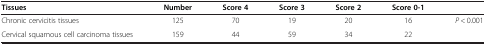
<table><thead><tr><td><b>Tissues</b></td><td><b>Number</b></td><td><b>Score 4</b></td><td><b>Score 3</b></td><td><b>Score 2</b></td><td><b>Score 0-1</b></td><td><b> </b></td></tr></thead><tbody><tr><td>Chronic cervicitis tissues</td><td>125</td><td>70</td><td>19</td><td>20</td><td>16</td><td><i>P</i> &lt; 0.001</td></tr><tr><td>Cervical squamous cell carcinoma tissues</td><td>159</td><td>44</td><td>59</td><td>34</td><td>22</td><td> </td></tr></tbody></table>